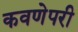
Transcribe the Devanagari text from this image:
कवणेपरी